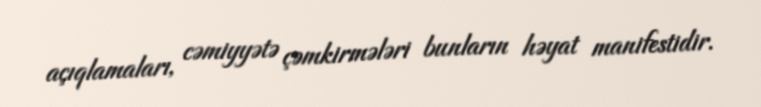
açıqlamaları, cəmiyyətə çəmkirmələri bunların həyat manifestidir.